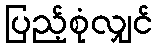
ပြည့်စုံလျှင်